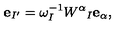
{ \bf e } _ { I ^ { \prime } } = \omega _ { I } ^ { - 1 } W ^ { \alpha } { } _ { I } { \bf e } _ { \alpha } ,